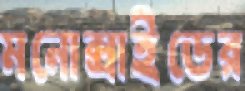
মনোক্সাইডের